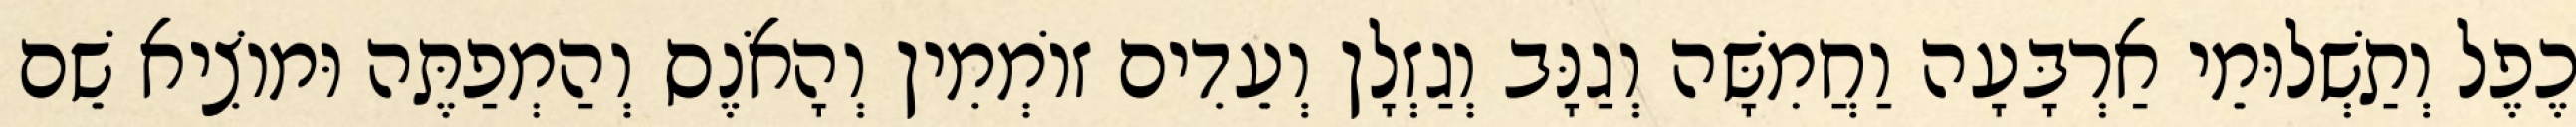
כֶפֶל וְתַשְׁלוּמֵי אַרְבָּעָה וַחֲמִשָּׁה וְגַנָּב וְגַזְלָן וְעֵדִים זוֹמְמִין וְהָאֹנֶס וְהַמְפַתֶּה וּמוֹצִיא שֵׁם